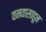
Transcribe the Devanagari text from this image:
वनवासाहून